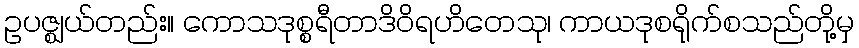
ဥပဇ္ဈယ်တည်း။ ကောသဒုစ္စရီတာဒိဝိရဟိတေသု၊ ကာယဒုစရိုက်စသည်တို့မှ